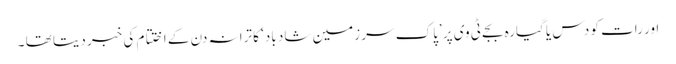
اور رات کو دس یا گیارہ بجے ٹی وی پر ’پاک سر زمین شاد باد‘ کا ترانہ دن کے اختتام کی خبر دیتا تھا ۔